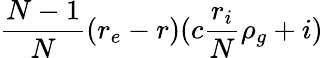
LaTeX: \frac{N-1}{N}(r_{e}-r)(c\frac{r_{i}}{N}\rho_{g}+i)